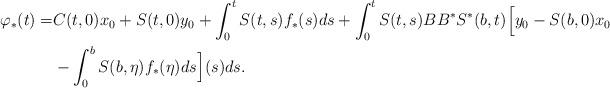
LaTeX: \begin{align*}\varphi_*(t)=&C(t,0)x_0+S(t,0)y_0+\int_0^t S(t,s)f_*(s)ds+\int_0^t S(t,s)BB^{*}S^{*}(b,t)\Big[y_0-S(b,0)x_0\\&-\int_0^b S(b,\eta)f_*(\eta)ds\Big](s)ds.\end{align*}